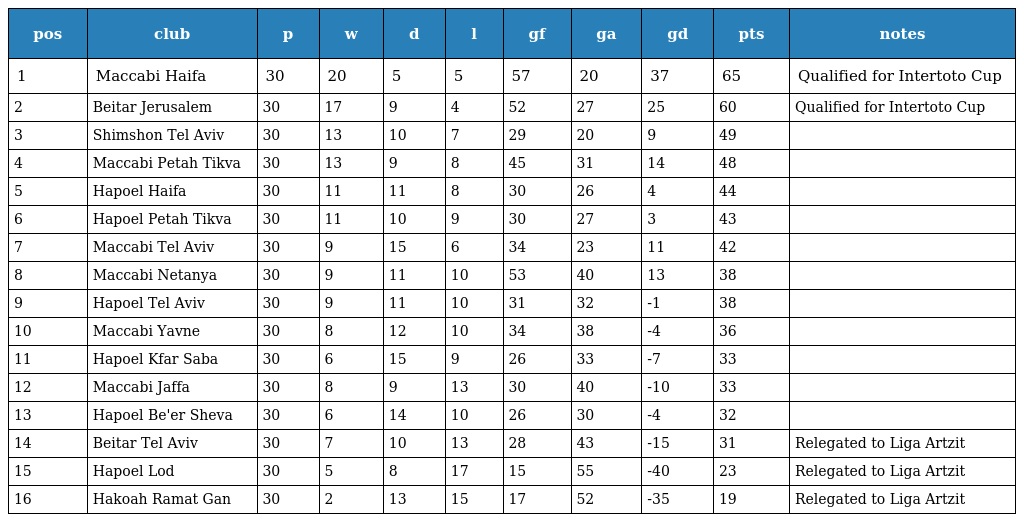
| pos | club | p | w | d | l | gf | ga | gd | pts | notes |
 | --- | --- | --- | --- | --- | --- | --- | --- | --- | --- | --- |
 | 1 | Maccabi Haifa | 30 | 20 | 5 | 5 | 57 | 20 | 37 | 65 | Qualified for Intertoto Cup |
 | 2 | Beitar Jerusalem | 30 | 17 | 9 | 4 | 52 | 27 | 25 | 60 | Qualified for Intertoto Cup |
 | 3 | Shimshon Tel Aviv | 30 | 13 | 10 | 7 | 29 | 20 | 9 | 49 |  |
 | 4 | Maccabi Petah Tikva | 30 | 13 | 9 | 8 | 45 | 31 | 14 | 48 |  |
 | 5 | Hapoel Haifa | 30 | 11 | 11 | 8 | 30 | 26 | 4 | 44 |  |
 | 6 | Hapoel Petah Tikva | 30 | 11 | 10 | 9 | 30 | 27 | 3 | 43 |  |
 | 7 | Maccabi Tel Aviv | 30 | 9 | 15 | 6 | 34 | 23 | 11 | 42 |  |
 | 8 | Maccabi Netanya | 30 | 9 | 11 | 10 | 53 | 40 | 13 | 38 |  |
 | 9 | Hapoel Tel Aviv | 30 | 9 | 11 | 10 | 31 | 32 | -1 | 38 |  |
 | 10 | Maccabi Yavne | 30 | 8 | 12 | 10 | 34 | 38 | -4 | 36 |  |
 | 11 | Hapoel Kfar Saba | 30 | 6 | 15 | 9 | 26 | 33 | -7 | 33 |  |
 | 12 | Maccabi Jaffa | 30 | 8 | 9 | 13 | 30 | 40 | -10 | 33 |  |
 | 13 | Hapoel Be'er Sheva | 30 | 6 | 14 | 10 | 26 | 30 | -4 | 32 |  |
 | 14 | Beitar Tel Aviv | 30 | 7 | 10 | 13 | 28 | 43 | -15 | 31 | Relegated to Liga Artzit |
 | 15 | Hapoel Lod | 30 | 5 | 8 | 17 | 15 | 55 | -40 | 23 | Relegated to Liga Artzit |
 | 16 | Hakoah Ramat Gan | 30 | 2 | 13 | 15 | 17 | 52 | -35 | 19 | Relegated to Liga Artzit |